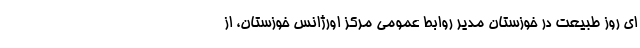
ای روز طبیعت در خوزستان مدیر روابط عمومی مرکز اورژانس خوزستان، از